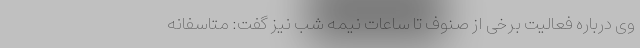
وی درباره فعالیت برخی از صنوف تا ساعات نیمه شب نیز گفت: متاسفانه